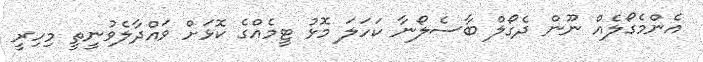
އެންމެގޯލެއް ނޫން ދެގޯލް ބާސެލޯނާ ކަހަލަ މޮޅު ޓީމެއްގެ ކޮޅަށް ވައްދާލެވުނީތީ މިހިރީ